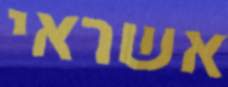
אשראי